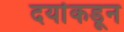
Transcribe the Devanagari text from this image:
दर्याकडून